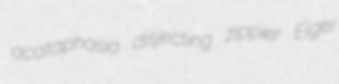
acataphasia disjecting zippier Eiger